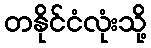
တနိုင်ငံလုံးသို့